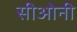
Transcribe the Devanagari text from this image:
सीओनी